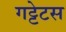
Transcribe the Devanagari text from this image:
गट्टेटस